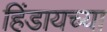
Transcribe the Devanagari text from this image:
हिंडायच्या